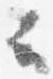
云